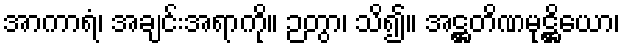
အာကာရံ၊ အချင်းအရာကို။ ဉတွာ၊ သိ၍။ အဋ္ဌတိဏမုဋ္ဌိယော၊